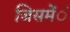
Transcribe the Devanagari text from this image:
जिसमेंंं